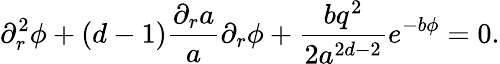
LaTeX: \partial_{r}^{2}\phi+\left(d-1\right)\frac{\partial_{r}a}{a}\partial_{r}\phi+\frac{bq^{2}}{2a^{2d-2}}e^{-b\phi}=0.